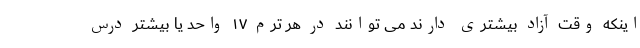
اینکه وقت آزاد بیشتری دارند می توانند در هر ترم ۱۷ واحد یا بیشتر درس